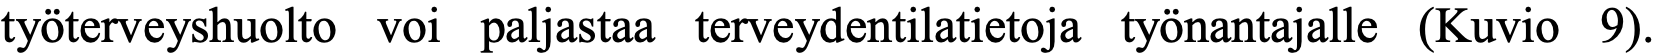
työterveyshuolto voi paljastaa terveydentilatietoja työnantajalle (Kuvio 9).